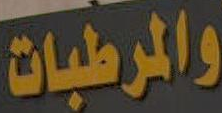
والمرطبات